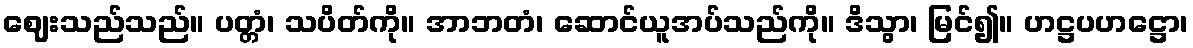
ဈေးသည်သည်။ ပတ္တံ၊ သပိတ်ကို။ အာဘတံ၊ ဆောင်ယူအပ်သည်ကို။ ဒိသွာ၊ မြင်၍။ ဟဋ္ဌပဟဋ္ဌော၊